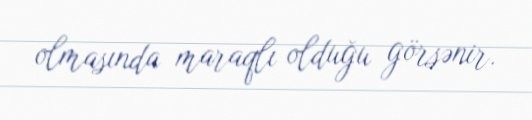
olmasında maraqlı olduğu görsənir.